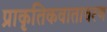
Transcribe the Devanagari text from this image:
प्राकृतिकवातावरण